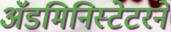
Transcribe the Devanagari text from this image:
ॲडमिनिस्टेटरने